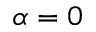
\alpha = 0